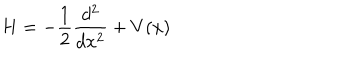
H = - \frac 1 2 \frac { d ^ { 2 } } { d x ^ { 2 } } + V ( x )